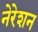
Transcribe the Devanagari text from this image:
नेरेशन